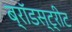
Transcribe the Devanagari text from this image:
ब्रॉडस्ट्रीट